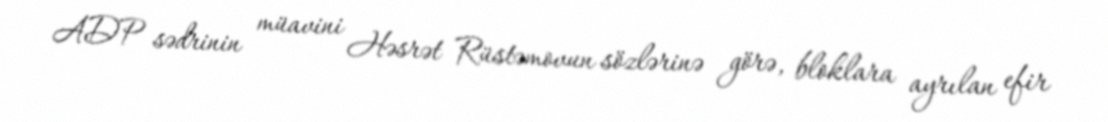
ADP sədrinin müavini Həsrət Rüstəmovun sözlərinə görə, bloklara ayrılan efir